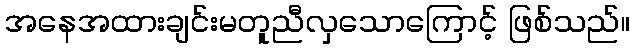
အနေအထားချင်းမတူညီလှသောကြောင့် ဖြစ်သည်။